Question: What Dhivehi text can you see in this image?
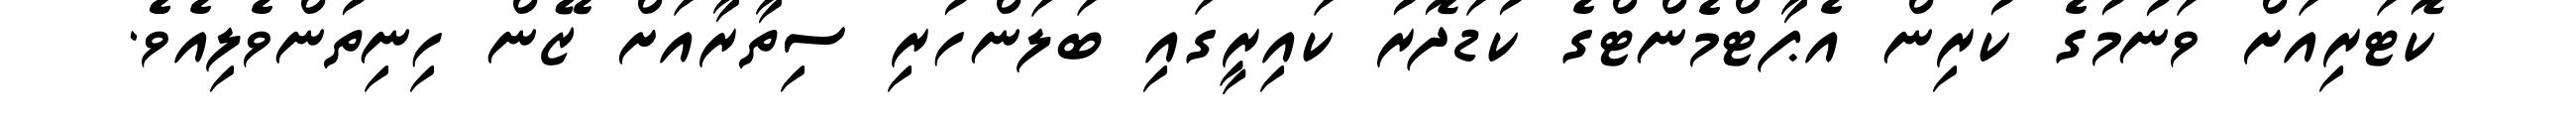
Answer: ކޮޓަރިއަށް ވަނުމުގެ ކުރިން އެޕާޓްމެންޓްގެ ކުޑަދޮރު ކައިރީގައި ބަލަންހުރި ސިތާރާއަށް ޒޭން ހިނިތުންވެލިއެވެެ.